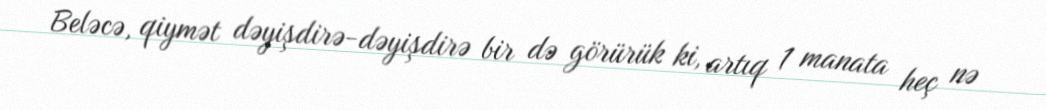
Beləcə, qiymət dəyişdirə-dəyişdirə bir də görürük ki, artıq 1 manata heç nə